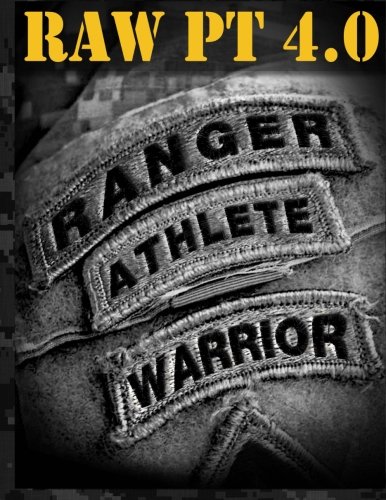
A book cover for Ranger Athlete Warrior 4.0: The Complete Guide to Army Ranger Fitness; United States Army Ranger Regiment; Health, Fitness & Dieting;